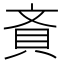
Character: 𧴻